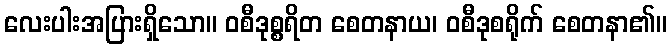
လေးပါးအပြားရှိသော။ ဝစီဒုစ္စရိတ စေတနာယ၊ ဝစီဒုစရိုက် စေတနာ၏။